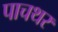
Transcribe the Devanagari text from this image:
पाचथर